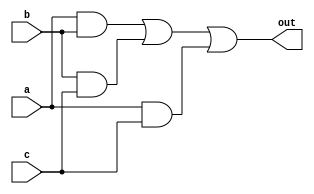
module ex1b(output out, input a, input b, input c);

assign out = (a & b) | (b & c) | (a & c);

endmodule